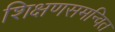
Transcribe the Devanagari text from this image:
शिक्षणसमन्वित